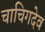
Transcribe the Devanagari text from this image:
चाचिगदेव